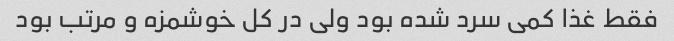
فقط غذا کمی سرد شده بود ولی در کل خوشمزه و مرتب بود